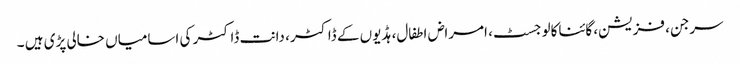
سرجن، فزیشن، گائناکالوجسٹ، امراض اطفال، ہڈیوں کے ڈاکٹر، دانت ڈاکٹر کی اسامیاں خالی پڑی ہیں ۔